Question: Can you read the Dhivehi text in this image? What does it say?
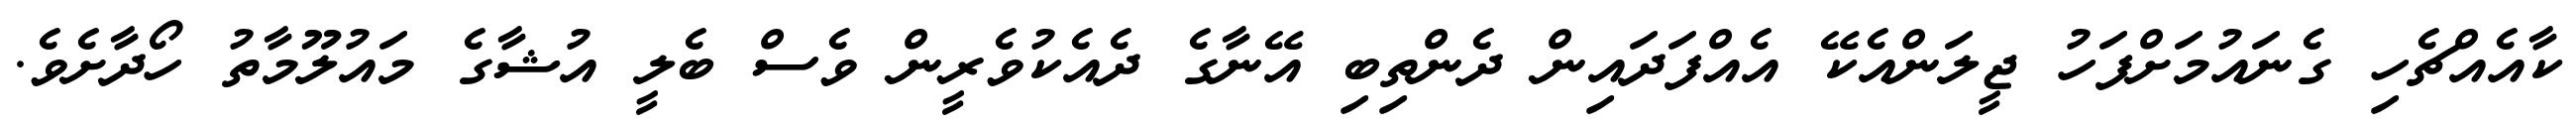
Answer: ކާއެއްޗެހި ގެނައުމަށްފަހު ޖީލަންއެކޭ އެއްފަދައިން ދެންތިބި އޭނާގެ ދެއެކުވެރީން ވެސް ބެލީ އުޝާގެ މައުލޫމާތު ހޯދާށެވެ.